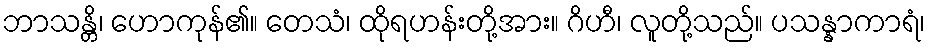
ဘာသန္တိ၊ ဟောကုန်၏။ တေသံ၊ ထိုရဟန်းတို့အား။ ဂိဟီ၊ လူတို့သည်။ ပသန္နာကာရံ၊